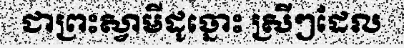
ជាព្រះស្វាមីដូច្នោះ ស្រីៗដែល